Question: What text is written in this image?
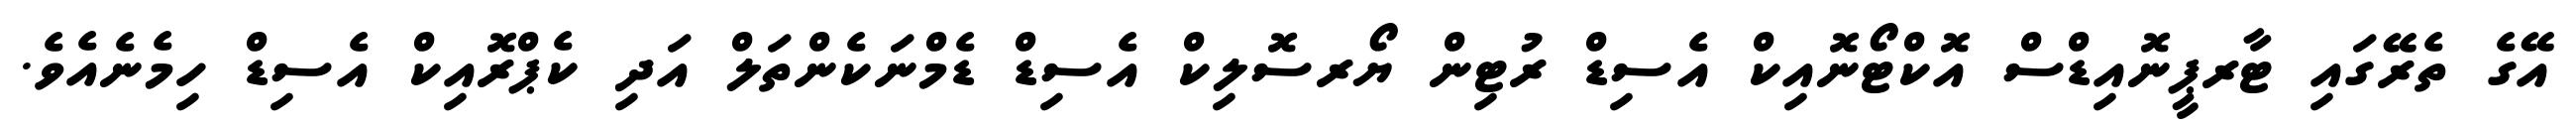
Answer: އޭގެ ތެރޭގައި ޓާރޕީނޮއިޑްސް އޮކްޓޯނޮއިކް އެސިޑް ރުޓިން ޔޯރސޮލިކް އެސިޑް ޑެމްނަކެންތަލް އަދި ކެޕްރޮއިކް އެސިޑް ހިމެނެއެވެ.